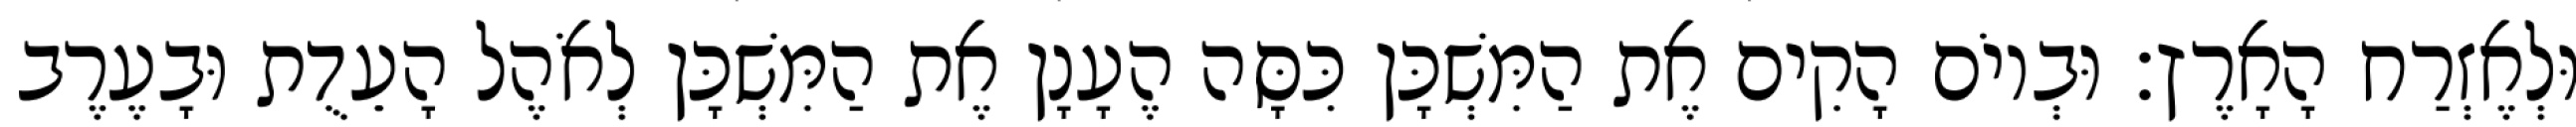
וּלְאֶזְרַח הָאָרֶץ׃ וּבְיוֹם הָקִים אֶת הַמִּשְׁכָּן כִּסָּה הֶעָנָן אֶת הַמִּשְׁכָּן לְאֹהֶל הָעֵדֻת וּבָעֶרֶב